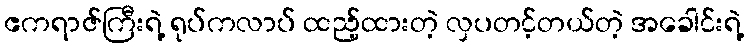
ဧကရာဇ်ကြီးရဲ့ ရုပ်ကလာပ် ထည့်ထားတဲ့ လှပတင့်တယ်တဲ့ အခေါင်းရဲ့